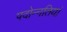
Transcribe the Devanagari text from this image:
पदोन्नतियां